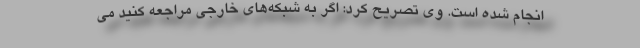
انجام شده است. وی تصریح کرد: اگر به شبکه‌های خارجی مراجعه کنید می